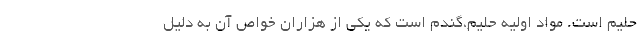
حلیم است. مواد اولیه حلیم،گندم است که یکی از هزاران خواص آن به دلیل